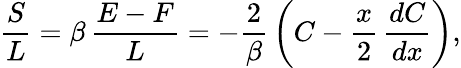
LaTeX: {\frac{S}{L}}=\beta\, {\frac{E-F}{L}}=-{\frac{2}{\beta}}\left(C-{\frac{x}{2}}\, {\frac{dC}{dx}}\right),